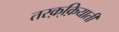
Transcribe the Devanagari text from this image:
तरक़्क़ियाती